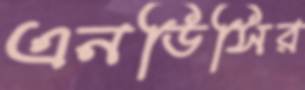
এনডিসির